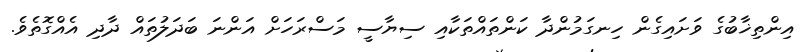
އިންތިޚާބުގެ ވަށައިގެން ހިނގަމުންދާ ކަންތައްތަކާއި ސިޔާސީ މަސްރަހަށް އަންނަ ބަދަލުތައް ދާދި އެއްގޮތެވެ.